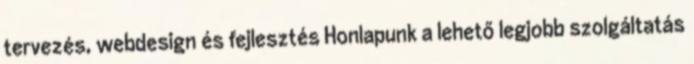
tervezés, webdesign és fejlesztés Honlapunk a lehető legjobb szolgáltatás